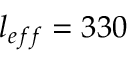
l _ { e f f } = 3 3 0